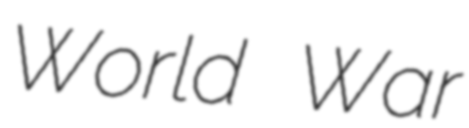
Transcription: World War